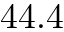
4 4 . 4